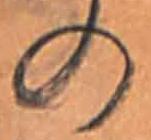
の